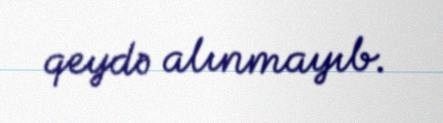
qeydə alınmayıb.